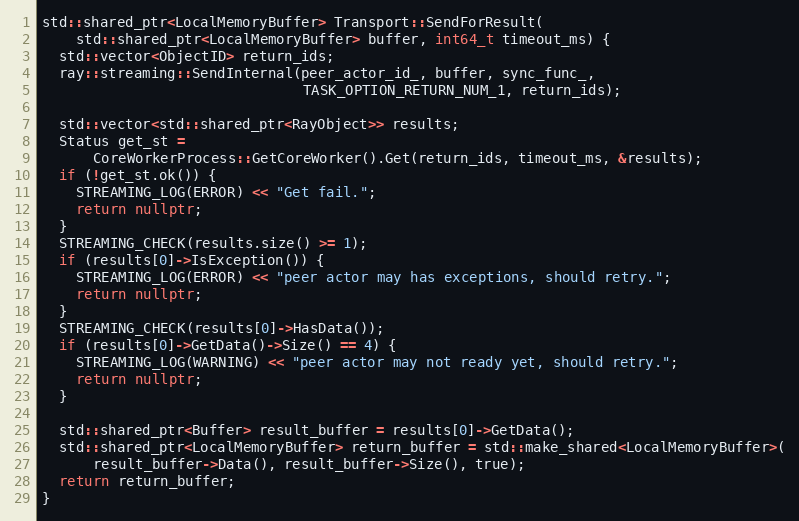
Language: C++
std::shared_ptr<LocalMemoryBuffer> Transport::SendForResult(
    std::shared_ptr<LocalMemoryBuffer> buffer, int64_t timeout_ms) {
  std::vector<ObjectID> return_ids;
  ray::streaming::SendInternal(peer_actor_id_, buffer, sync_func_,
                               TASK_OPTION_RETURN_NUM_1, return_ids);

  std::vector<std::shared_ptr<RayObject>> results;
  Status get_st =
      CoreWorkerProcess::GetCoreWorker().Get(return_ids, timeout_ms, &results);
  if (!get_st.ok()) {
    STREAMING_LOG(ERROR) << "Get fail.";
    return nullptr;
  }
  STREAMING_CHECK(results.size() >= 1);
  if (results[0]->IsException()) {
    STREAMING_LOG(ERROR) << "peer actor may has exceptions, should retry.";
    return nullptr;
  }
  STREAMING_CHECK(results[0]->HasData());
  if (results[0]->GetData()->Size() == 4) {
    STREAMING_LOG(WARNING) << "peer actor may not ready yet, should retry.";
    return nullptr;
  }

  std::shared_ptr<Buffer> result_buffer = results[0]->GetData();
  std::shared_ptr<LocalMemoryBuffer> return_buffer = std::make_shared<LocalMemoryBuffer>(
      result_buffer->Data(), result_buffer->Size(), true);
  return return_buffer;
}